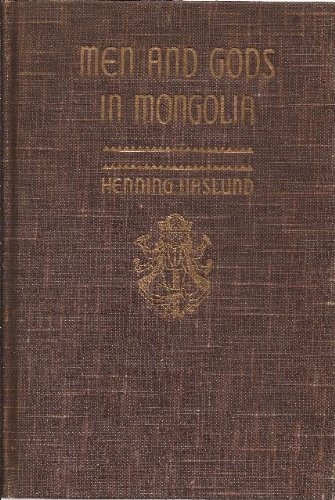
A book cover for Men and gods in Mongolia: (Zayagan); Henning Haslund-Christensen; Travel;